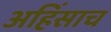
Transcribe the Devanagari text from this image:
अहिंसाच